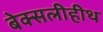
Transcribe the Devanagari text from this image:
बेक्सलीहीथ